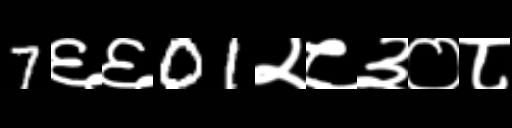
Text: 7६६01२८३०८